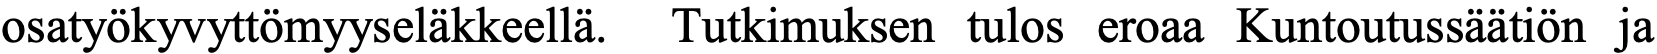
osatyökyvyttömyyseläkkeellä. Tutkimuksen tulos eroaa Kuntoutussäätiön ja